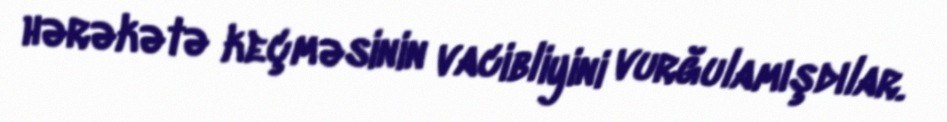
hərəkətə keçməsinin vacibliyini vurğulamışdılar.